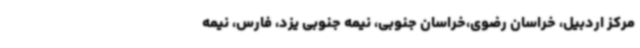
مرکز اردبیل، خراسان رضوی،خراسان جنوبی، نیمه جنوبی یزد، فارس، نیمه